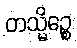
တသ္မိဉ္စေ